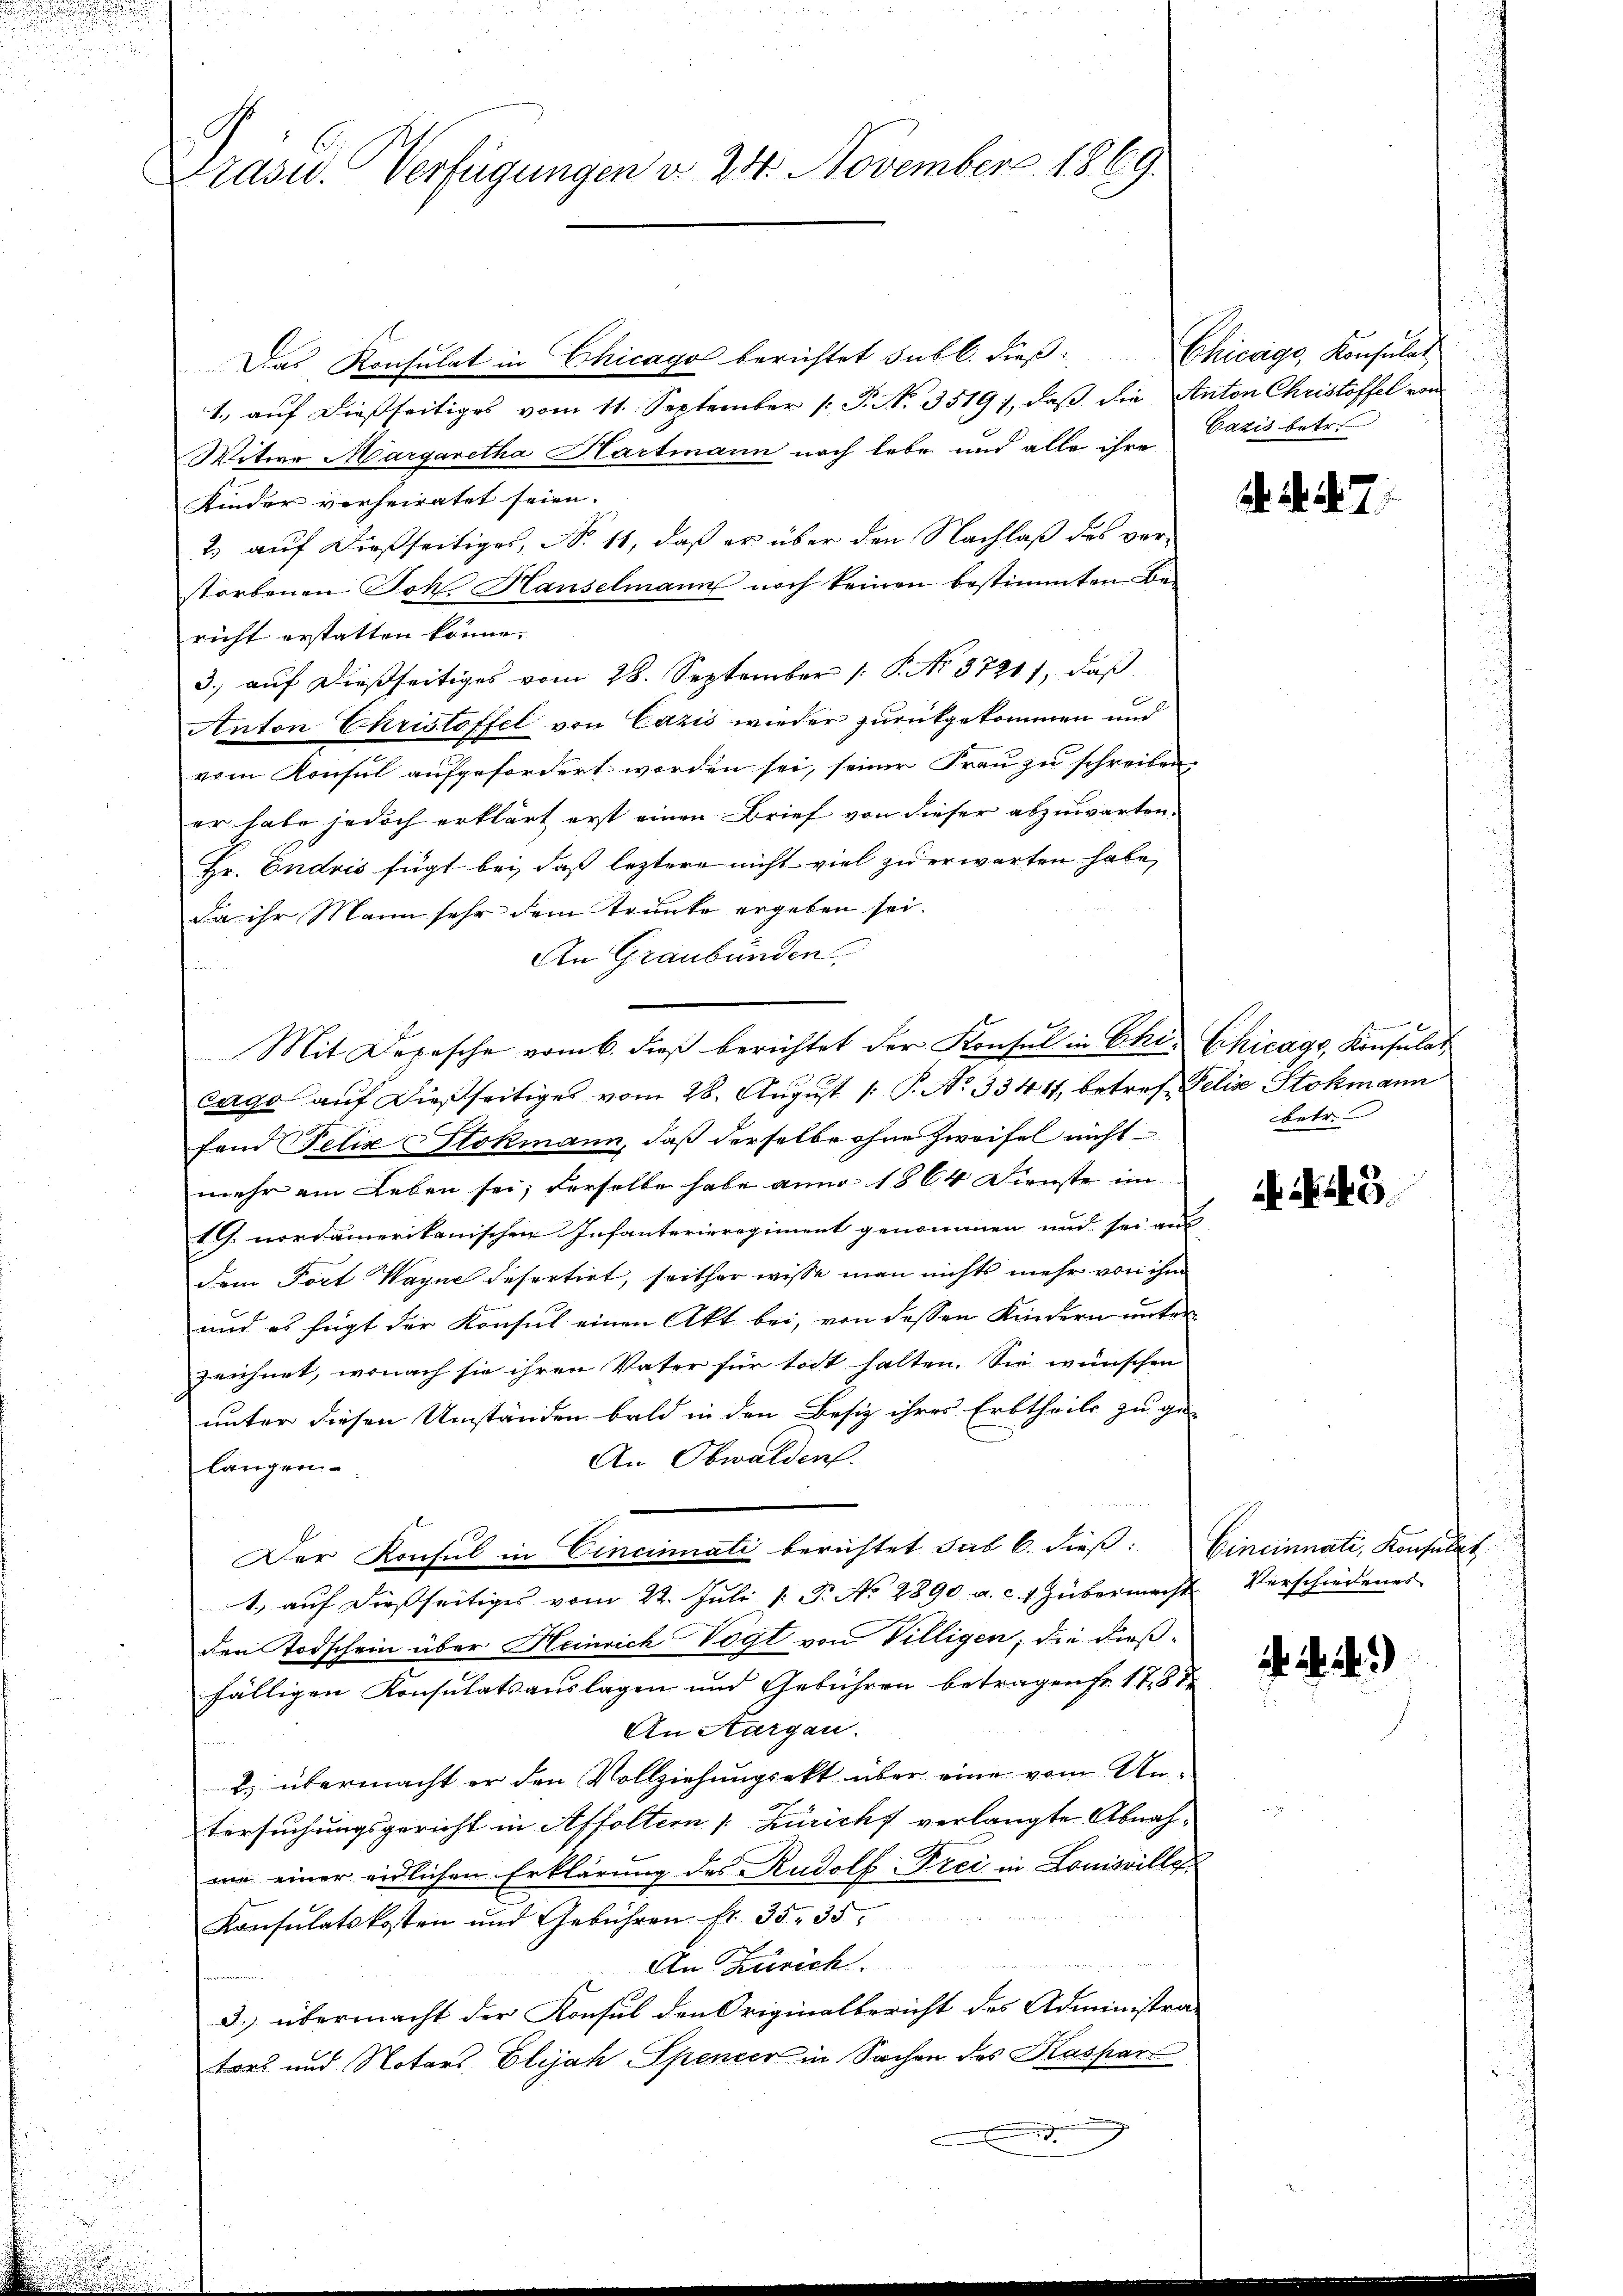
Præses. Verfügungen v. 24. November 1869.

Das Konsulat in Chicago berichtet subl. dieß: Chicago, Konsulat
1. aŭf dießseitiges vom 11. September 1. P. Nr. 3519), daβ die Anton Christoffel von
Witwe Margaretha Hartmann noch lebe und alle ihre
Kinder verheiratet seien.
2) auf dießseitiges, No 11, daß er über den Nachlaß des vorstorbenen Joh. Hanselmann noch keinen bestimmten Bericht erstatten könne.
3. auf dießseitiges vom 28. September 1. P. No. 37211, daß
Anton Christoffel von Cazis wieder zurückgekommen und
vom Konsul aufgefordert worden sei, seiner Frau zu schreiben.
er habe jedoch erklärt erst einen Brief von dieser abzuwarten.
Hr. Endris fügt bei, daß leztere nicht viel zu erwarten habe,
Da ihr Mann sehr dem Trunke ergeben sei.
An Graubünden.
d
cago aŭf dießseitiges vom 28. August 1 P. No 33411, betref elis Stokmann
fand Felix Stokmann, daß derselbe ohne Zweifel nicht
mehr am Leben sei; derselbe habe anno 1864 Dienste im
1. nordamerikanischen Infanterieregiment genommen und sei aus
dem Fort Wagne defertirt, seither wisse man nichts mehr von ihm
und es fügt der Konsul einen Akt bei, von dessen Kindern unter
zeichnet, wonach sie ihren Vater für todt halten. Sie wünschen
unter diesen Umständen bald in den Besiz ihres Erbtheils zu ge-
An Obwalden.
langen
Der Konsul in Cincinnati berichtet sub 6. dieß:
1. aŭf dießseitiges vom 22. Jŭli 1. P. No. 2890 a. c. 1 Hübermacht
den Todschein über Heinrich Vogt von Villigen, die dießfälligen Konsulatsauslagen und Gebühren betragen fr. 178 d
An Aargau.
. übermacht er den Vollziehungsakt, über eine vom Untersuchungsgericht in Affoltern s. Züricht verlangte Abnahme einer eidlichen Erklärung des Rudolf Frei in Louisville
Konsulatskosten und Gebühren fr. 35. 35.
n
An Zürich.
3.) übermacht der Konsul den Originalbericht des Administra-
tort und Notars, Elijah Spencer in Sachen des Kaspar
.

Mit Depesche vom 6. dieß berichtet der Konsul in Chi Chicago, Konsulat

Gazis betr.

. . . 7

betr.

5

Cincinnati, Konsulat
Verschiedenes

. . . .